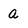
Character: a